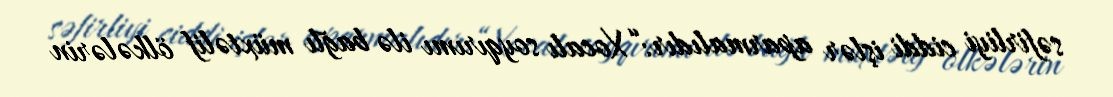
səfirliyi ciddi işlər aparmalıdır:“Xocalı soyqırımı ilə bağlı müxtəlif ölkələrin